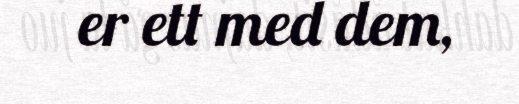
er ett med dem,